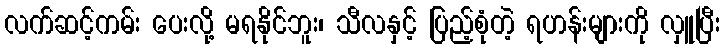
လက်ဆင့်ကမ်း ပေးလို့ မရနိုင်ဘူး၊ သီလနှင့် ပြည့်စုံတဲ့ ရဟန်းများကို လှူပြီး